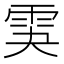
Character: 𩂃